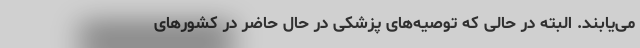
می‌یابند. البته در حالی که توصیه‌های پزشکی در حال حاضر در کشورهای